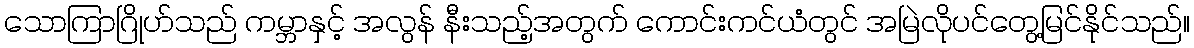
သောကြာဂြိုဟ်သည် ကမ္ဘာနှင့် အလွန် နီးသည့်အတွက် ကောင်းကင်ယံတွင် အမြဲလိုပင်တွေ့မြင်နိုင်သည်။